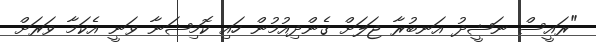
"ރައީސް ނަޝީދު އަނބުރާ ޖަލަށް ގެންދިއުމުން ހައި ކޮމިޝަނާ ވަނީ އެކަމާ ވަރަށް